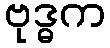
ဗုဒ္ဓက